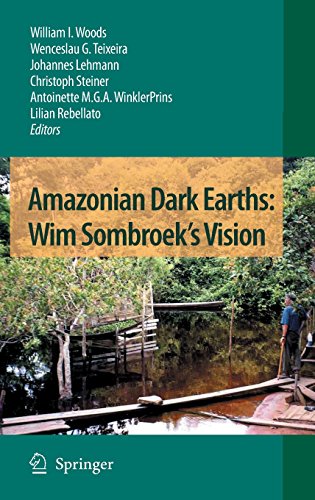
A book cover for Amazonian Dark Earths: Wim Sombroek's Vision; Science & Math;